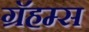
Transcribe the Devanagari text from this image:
ग्रॅहम्स